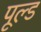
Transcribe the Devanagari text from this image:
पूल्ड